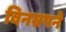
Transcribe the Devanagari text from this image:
विनम्रपने